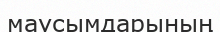
маусымдарының